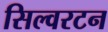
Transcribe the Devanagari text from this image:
सिल्वरटन